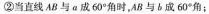
②当直线 AB 与 a 成 60° 角时，AB 与 b 成 60° 角；